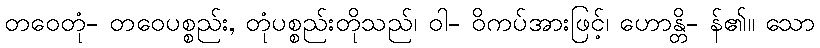
တဝေတုံ- တဝေပစ္စည်း, တုံပစ္စည်းတိုသည်၊ ဝါ- ဝိကပ်အားဖြင့်၊ ဟောန္တိ- န်၏။ သော